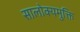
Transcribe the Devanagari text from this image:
सालोक्यमुक्ति